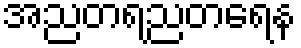
အညတရညတရေန